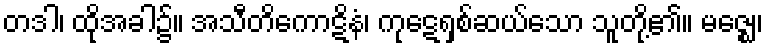
တဒါ၊ ထိုအခါ၌။ အသီတိကောဋိနံ၊ ကုဋေရှစ်ဆယ်သော သူတို့၏။ မဇ္ဈေ၊